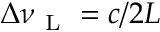
\Delta \nu _ { \mathrm { ~ L ~ } } = c / 2 L